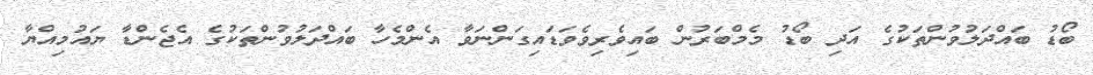
ބޯޑު ބައްދަލުވުންތަކުގެ އަދި ބޯޑު މެމްބަރުން ބައިވެރިވެވަޑައިގަންނަވާ އެންމެހާ ބައްދަލުވުންތަކުގެ އެޖެންޑާ ޔައުމިއްޔާ